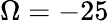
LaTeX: \Omega=-25